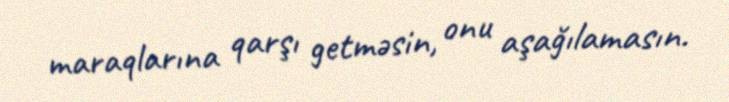
maraqlarına qarşı getməsin, onu aşağılamasın.